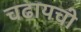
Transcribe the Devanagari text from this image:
चढायची